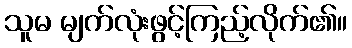
သူမ မျက်လုံးဖွင့်ကြည့်လိုက်၏။